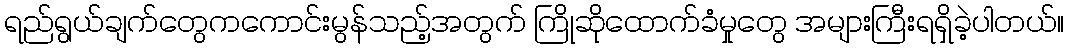
ရည်ရွယ်ချက်တွေကကောင်းမွန်သည့်အတွက် ကြိုဆိုထောက်ခံမှုတွေ အများကြီးရရှိခဲ့ပါတယ်။